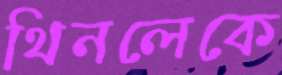
থিনলেকে